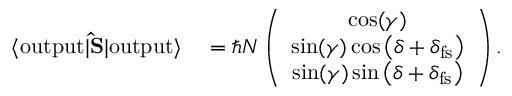
\begin{array} { r l } { \langle \mathrm { o u t p u t } | { \bf \hat { S } } | \mathrm { o u t p u t } \rangle } & { { } = \hbar N \left( \begin{array} { c } { \cos ( \gamma ) } \\ { \sin ( \gamma ) \cos \left( \delta + \delta _ { \mathrm { f s } } \right) } \\ { \sin ( \gamma ) \sin \left( \delta + \delta _ { \mathrm { f s } } \right) } \end{array} \right) . } \end{array}